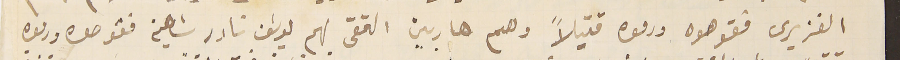
الغزيرى فقوصوه ورموه قتيلاً وهم هاربين التقى بهم يوسَف نادر شاهين فقوصوه ورموه